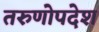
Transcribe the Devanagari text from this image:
तरुणोपदेश